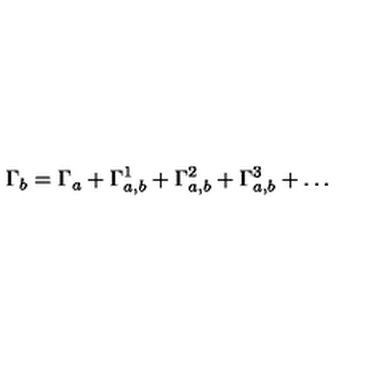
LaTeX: \Gamma _ { b } = \Gamma _ { a } + \Gamma _ { a , b } ^ { 1 } + \Gamma _ { a , b } ^ { 2 } + \Gamma _ { a , b } ^ { 3 } + \dots